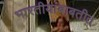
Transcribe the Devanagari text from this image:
भारतीयांबाबतीत